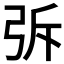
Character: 𭚪